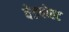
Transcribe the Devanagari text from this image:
बेडपोस्ट